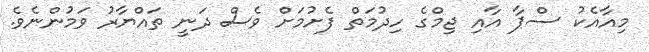
މިއާއެކު ސްޕާ އާއި ޖިމްގެ ހިދުމަތް ފެށުމަށް ވެސް ދަނީ ތައްޔާރު ވަމުންނެވެ.